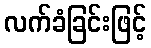
လက်ခံခြင်းဖြင့်